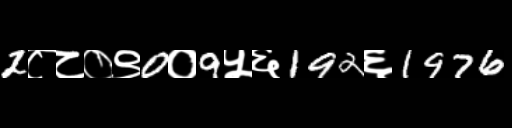
Text: 2८८०९0०9५६192६1976